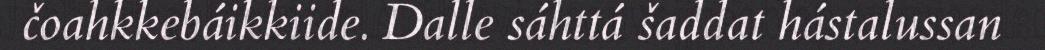
čoahkkebáikkiide. Dalle sáhttá šaddat hástalussan